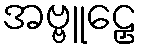
အဗ္ဗူဠှေ